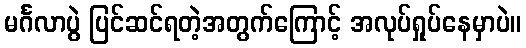
မင်္ဂလာပွဲ ပြင်ဆင်ရတဲ့အတွက်ကြောင့် အလုပ်ရှုပ်နေမှာပဲ။